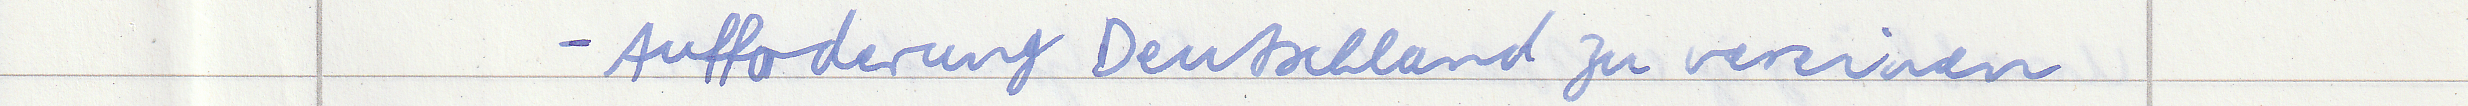
- Aufforderung Deutschland zu vereinen